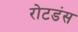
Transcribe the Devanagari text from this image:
रोटडंस